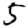
Digit: 5